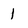
Character: 1